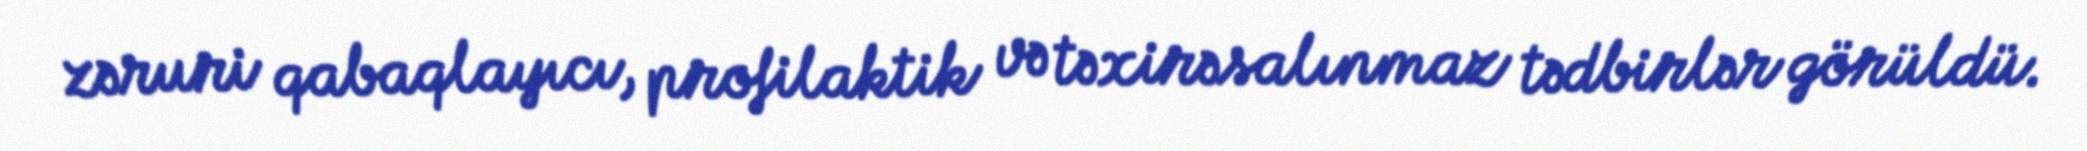
zəruri qabaqlayıcı, profilaktik və təxirəsalınmaz tədbirlər görüldü.